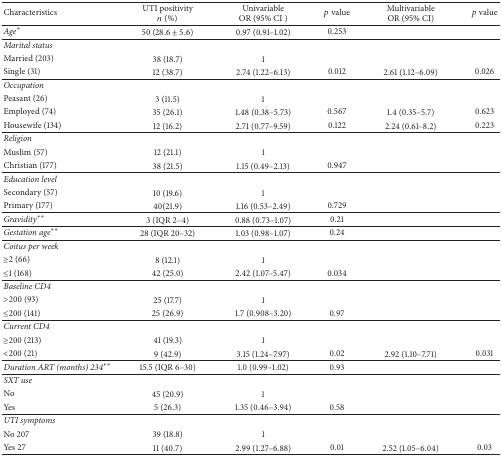
<table><thead><tr><td><b>Characteristics </b></td><td><b>UTI positivity<i>n</i> (%)</b></td><td><b>Univariable OR (95% CI )</b></td><td><b><i>p</i> value</b></td><td><b>Multivariable OR (95% CI)</b></td><td><b><i>p</i> value</b></td></tr></thead><tbody><tr><td><i>Age</i><sup><i>∗</i></sup></td><td>50 (28.6 ± 5.6)</td><td>0.97 (0.91–1.02)</td><td>0.253</td><td> </td><td> </td></tr><tr><td><i>Marital status</i></td><td> </td><td> </td><td> </td><td> </td><td> </td></tr><tr><td>Married (203)</td><td>38 (18.7)</td><td>1</td><td> </td><td> </td><td> </td></tr><tr><td>Single (31)</td><td>12 (38.7)</td><td>2.74 (1.22–6.13)</td><td>0.012</td><td>2.61 (1.12–6.09)</td><td>0.026</td></tr><tr><td><i>Occupation</i></td><td> </td><td> </td><td> </td><td> </td><td> </td></tr><tr><td>Peasant (26)</td><td>3 (11.5)</td><td>1</td><td> </td><td> </td><td> </td></tr><tr><td>Employed (74)</td><td>35 (26.1)</td><td>1.48 (0.38–5.73)</td><td>0.567</td><td>1.4 (0.35–5.7)</td><td>0.623</td></tr><tr><td>Housewife (134)</td><td>12 (16.2)</td><td>2.71 (0.77–9.59)</td><td>0.122</td><td>2.24 (0.61–8.2)</td><td>0.223</td></tr><tr><td><i>Religion </i></td><td> </td><td> </td><td> </td><td> </td><td> </td></tr><tr><td>Muslim (57)</td><td>12 (21.1)</td><td>1</td><td> </td><td> </td><td> </td></tr><tr><td>Christian (177)</td><td>38 (21.5)</td><td>1.15 (0.49–2.13)</td><td>0.947</td><td> </td><td> </td></tr><tr><td><i>Education level</i></td><td> </td><td> </td><td> </td><td> </td><td> </td></tr><tr><td>Secondary (57)</td><td>10 (19.6)</td><td>1</td><td> </td><td> </td><td> </td></tr><tr><td>Primary (177)</td><td>40(21.9)</td><td>1.16 (0.53–2.49)</td><td>0.729</td><td> </td><td> </td></tr><tr><td><i>Gravidity</i><sup><i>∗∗</i></sup></td><td>3 (IQR 2–4)</td><td>0.88 (0.73–1.07)</td><td>0.21</td><td> </td><td> </td></tr><tr><td><i>Gestation age</i><sup><i>∗∗</i></sup></td><td>28 (IQR 20–32)</td><td>1.03 (0.98–1.07)</td><td>0.24</td><td> </td><td> </td></tr><tr><td><i>Coitus per week</i></td><td> </td><td> </td><td> </td><td> </td><td> </td></tr><tr><td>≥2 (66)</td><td>8 (12.1)</td><td>1</td><td> </td><td> </td><td> </td></tr><tr><td>≤1 (168)</td><td>42 (25.0)</td><td>2.42 (1.07–5.47)</td><td>0.034</td><td> </td><td> </td></tr><tr><td><i>Baseline CD4</i></td><td> </td><td> </td><td> </td><td> </td><td> </td></tr><tr><td>&gt;200 (93)</td><td>25 (17.7)</td><td>1</td><td> </td><td> </td><td> </td></tr><tr><td>≤200 (141)</td><td>25 (26.9)</td><td>1.7 (0.908–3.20)</td><td>0.97</td><td> </td><td> </td></tr><tr><td><i>Current CD4</i></td><td> </td><td> </td><td> </td><td> </td><td> </td></tr><tr><td>≥200 (213)</td><td>41 (19.3)</td><td>1</td><td> </td><td> </td><td> </td></tr><tr><td>&lt;200 (21)</td><td>9 (42.9)</td><td>3.15 (1.24–7.97)</td><td>0.02</td><td>2.92 (1.10–7.71)</td><td>0.031</td></tr><tr><td><i>Duration ART (months) 234</i><sup><i>∗∗</i></sup></td><td>15.5 (IQR 6–30)</td><td>1.0 (0.99–1.02)</td><td>0.93</td><td> </td><td> </td></tr><tr><td><i>SXT use</i></td><td> </td><td> </td><td> </td><td> </td><td> </td></tr><tr><td>No</td><td>45 (20.9)</td><td>1</td><td> </td><td> </td><td> </td></tr><tr><td>Yes</td><td>5 (26.3)</td><td>1.35 (0.46–3.94)</td><td>0.58</td><td> </td><td> </td></tr><tr><td><i>UTI symptoms </i></td><td> </td><td> </td><td> </td><td> </td><td> </td></tr><tr><td>No 207</td><td>39 (18.8)</td><td>1</td><td> </td><td> </td><td> </td></tr><tr><td>Yes 27</td><td>11 (40.7)</td><td>2.99 (1.27–6.88)</td><td>0.01</td><td>2.52 (1.05–6.04)</td><td>0.03</td></tr></tbody></table>